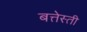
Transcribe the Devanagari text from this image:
बत्तेस्ती